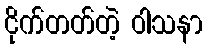
ငိုက်တတ်တဲ့ ဝါသနာ